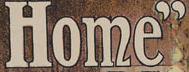
Home"